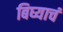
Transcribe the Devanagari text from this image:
बिघ्याचं